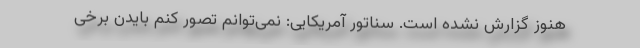
هنوز گزارش نشده است. سناتور آمریکایی: نمی‌توانم تصور کنم بایدن برخی